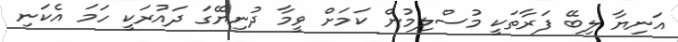
އަނިޔާ ލިބޭ ފަރާތަކީ މުސްލިމުން ކަމަށް ވީމާ ދުނިޔޭގަ ދައުރަކީ ހަމަ އެކަނި